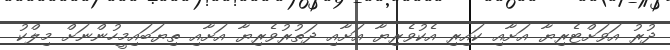
ދުރު އަވަށްޓެރިޔާ އަށާއި ކައިރި އެކުވެރިޔާ އަށާއި ދަތުރުވެރިޔާ އަށާއި ތިޔަބައިމީހުންނަށް މިލްކު